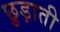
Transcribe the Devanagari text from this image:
छुड़ाती